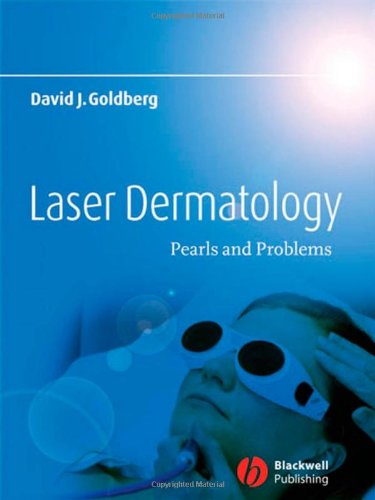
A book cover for Laser Dermatology: Pearls and Problems; David J. Goldberg; Medical Books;